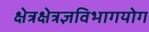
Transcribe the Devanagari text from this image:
क्षेत्रक्षेत्रज्ञविभागयोग